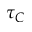
\tau _ { C }